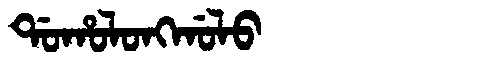
Manchu: ᡩᠣᡥᠣᠯᠣᠩᡤᠣᠯᠣ
Romanization: DOHOLONGGOLO